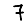
Digit: 7